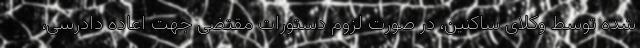
شده توسط وکلای ساکنین، در صورت لزوم دستورات مقتضی جهت اعاده دادرسی،